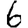
Digit: 6